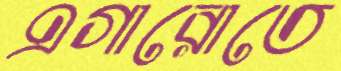
এগারোতে